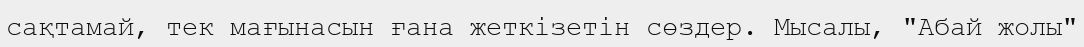
сақтамай, тек мағынасын ғана жеткізетін сөздер. Мысалы, "Абай жолы"